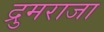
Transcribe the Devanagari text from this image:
द्रुमराजा